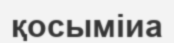
қосыміиа